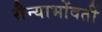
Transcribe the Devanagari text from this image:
सैन्याभोंवतीं